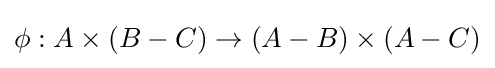
\phi :A\times (B-C)\rightarrow (A-B)\times (A-C)